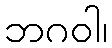
ဘဂဝါ၊